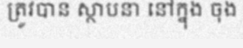
ត្រូវបាន ស្ថាបនា នៅក្នុង ចុង